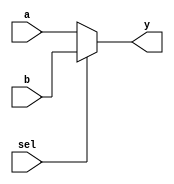
module mux2to1 (
    input wire a,        // First input
    input wire b,        // Second input
    input wire sel,      // Select signal
    output reg y         // Output
);

    // Combinational logic using @(*)
    always @(*) begin
        if (sel) begin
            y = b;       // If sel is 1, output b
        end else begin
            y = a;       // If sel is 0, output a
        end
    end

endmodule